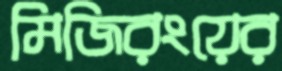
মিজিরংয়ের